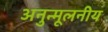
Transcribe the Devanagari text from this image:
अनुन्मूलनीय